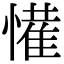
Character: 𭞹